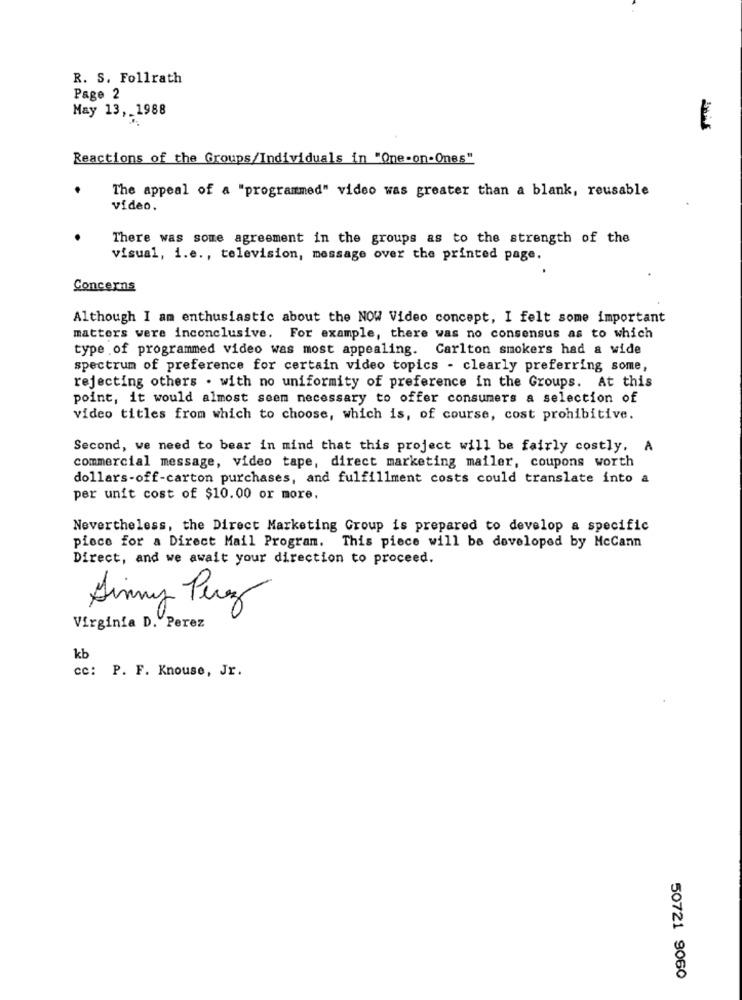
R. S. Follrath
Page 2
May 13, 1988
Reactions of the Groups/Individuals in "One-on-Ones"
The appeal of a "programmed" video was greater than a blank, reusable
video.
There was some agreement in the groups as to the strength of the
visual, i.e ., television, message over the printed page.
Concerns
Although I am enthusiastic about the NOW Video concept, I felt some important
matters were inconclusive. For example, there was no consensus as to which
type of programmed video was most appealing. Carlton smokers had a wide
spectrum of preference for certain video topics - clearly preferring some,
rejecting others . with no uniformity of preference in the Groups. At this
point, it would almost seem necessary to offer consumers a selection of
video titles from which to choose, which is, of course, cost prohibitive.
Second, we need to bear in mind that this project will be fairly costly. A
commercial message, video tape, direct marketing mailer, coupons worth
dollars-off-carton purchases, and fulfillment costs could translate into a
per unit cost of $10.00 or more.
Nevertheless, the Direct Marketing Group is prepared to develop a specific
piece for a Direct Mail Program. This piece will be developed by McCann
Direct, and we await your direction to proceed.
Sinny Perez
Virginia D. Perez
kb
cc: P. F. Knouse, Jr.
50721 9060